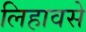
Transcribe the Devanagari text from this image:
लिहावसे